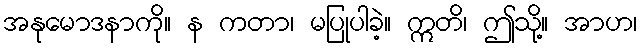
အနုမောဒနာကို။ န ကတာ၊ မပြုပါခဲ့။ ဣတိ၊ ဤသို့။ အာဟ၊